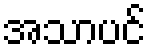
အသာပင်